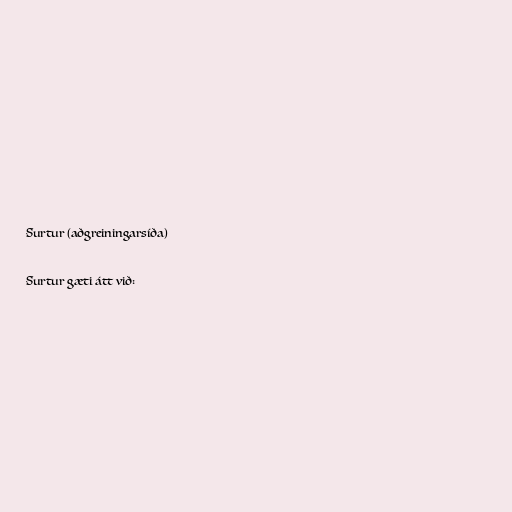
Surtur (aðgreiningarsíða)

Surtur gæti átt við: